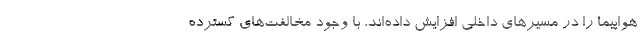
هواپیما را در مسیرهای داخلی افزایش داده‌اند، با وجود مخالفت‌های گسترده